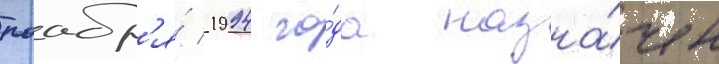
ноабр'я́ 1994 го́да назна́чен